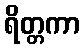
ရိတ္တကာ